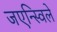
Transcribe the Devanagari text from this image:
जएन्स्विले